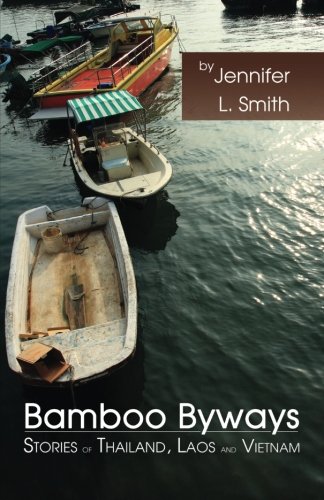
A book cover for Bamboo Byways: Stories of Thailand, Laos and Vietnam; Jennifer L. Smith; Travel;